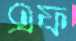
এফ